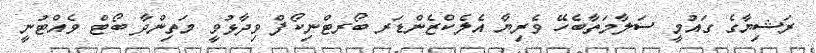
ރަޝިޔާގެ ގައުމީ ސަލާމަތާބެހޭ ވެރިޔާ އެލެކްޒެންޑަރ ބޯރޓްނިކޯފް ވިދާޅުވީ މަތިންދާ ބޯޓް ވެއްޓުނީ